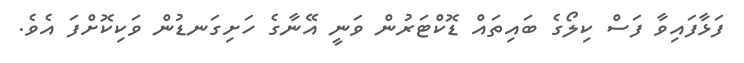
ފަޅާފައިވާ ފަސް ކިލޯގެ ބައިތައް ޑޮކްޓަރުން ވަނީ އޭނާގެ ހަށިގަނޑުން ވަކިކޮށްފަ އެވެ.